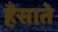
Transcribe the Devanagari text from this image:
हँसाते